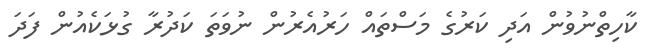
ކާހިތްނުވުން އަދި ކަރުގެ މަސްތައް ހަރުއެރުން ނުވަތަ ކަދުރާ ގުޅަކެއުން ފަދަ